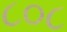
૮૦૮